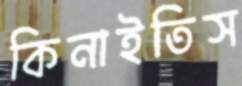
কিনাইতিস